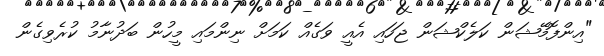
"އިންފޮމޭޝަން ކަލެކްޝަން ޖަހައި އެއީ ވަގެއް ކަމަަށް ނިންމައި މީހުން ބަދުނާމު ކުރެވިގެން